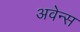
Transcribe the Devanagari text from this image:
अवेन्स